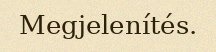
Megjelenítés.